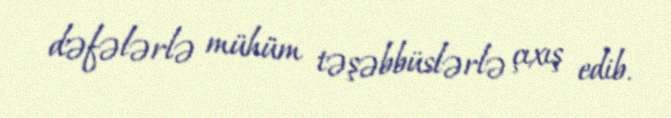
dəfələrlə mühüm təşəbbüslərlə çıxış edib.